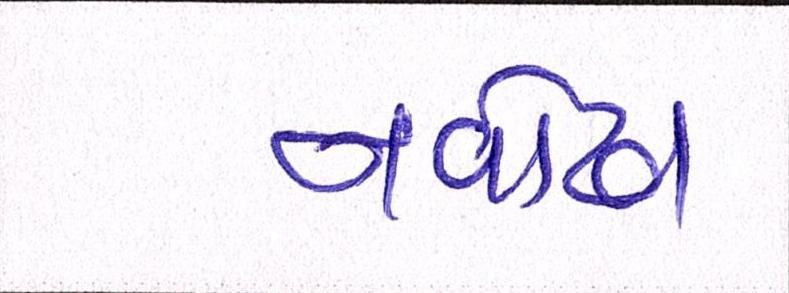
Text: નવોઢા